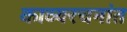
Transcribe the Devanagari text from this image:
काव्यरचनांत